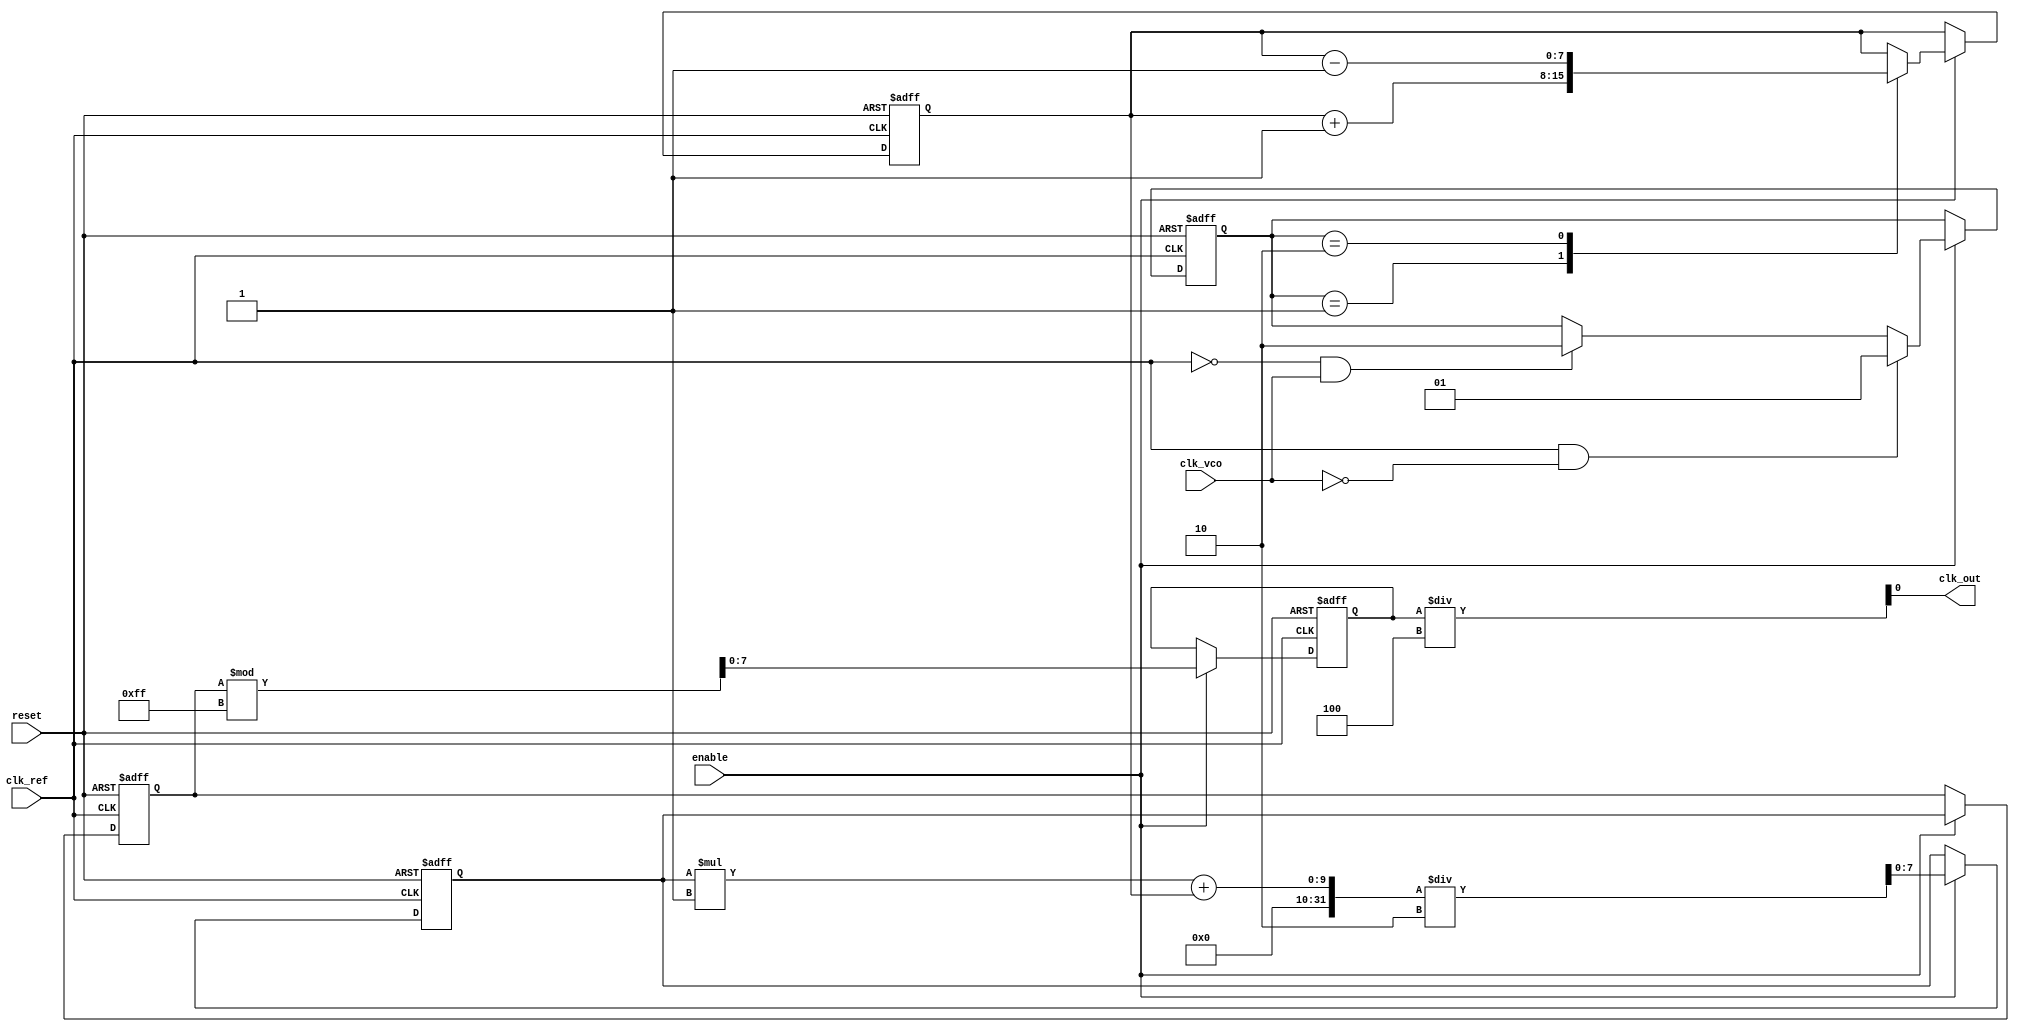
module sigma_delta_pll (
    input wire clk_ref,        // Reference clock input
    input wire clk_vco,        // VCO clock input (feedback)
    output wire clk_out,       // Output clock
    input wire reset,          // Asynchronous reset
    input wire enable          // Enable PLL operation
);

// Parameters
parameter DIV_FACTOR = 4;     // Frequency division factor for feedback
parameter VCO_MAX = 255;       // Maximum VCO value
parameter LOOP_FILTER_GAIN = 2; // Gain for the loop filter

// Internal signals
reg [1:0] phase_detect;         // Phase detector output
reg [7:0] charge_pump_out;      // Charge pump output
reg [7:0] loop_filter_out;       // Output of the loop filter
reg [7:0] vco_voltage;           // Control voltage for VCO
reg [7:0] vco_output;            // VCO output frequency
reg [31:0] sigma_delta;          // Sigma-Delta modulator output

// Phase Detector
always @(posedge clk_ref or posedge reset) begin
    if (reset) begin
        phase_detect <= 2'b00;
    end else if (enable) begin
        // Simple phase-frequency detection logic
        if (clk_ref & ~clk_vco) // Reference clock leads
            phase_detect <= 2'b01; // Up signal
        else if (~clk_ref & clk_vco) // VCO clock leads
            phase_detect <= 2'b10; // Down signal
    end
end

// Charge Pump
always @(posedge clk_ref or posedge reset) begin
    if (reset) begin
        charge_pump_out <= 8'b0;
    end else if (enable) begin
        case (phase_detect)
            2'b01: charge_pump_out <= charge_pump_out + 1; // Charge up
            2'b10: charge_pump_out <= charge_pump_out - 1; // Discharge
            default: charge_pump_out <= charge_pump_out;    // Hold
        endcase
    end
end

// Loop Filter
always @(posedge clk_ref or posedge reset) begin
    if (reset) begin
        loop_filter_out <= 8'b0;
    end else if (enable) begin
        loop_filter_out <= (loop_filter_out * (LOOP_FILTER_GAIN - 1) + charge_pump_out) / LOOP_FILTER_GAIN;
    end
end

// Voltage-Controlled Oscillator (VCO)
always @(posedge clk_ref or posedge reset) begin
    if (reset) begin
        vco_voltage <= 8'b0;
        vco_output <= 8'b0;
    end else if (enable) begin
        vco_voltage <= loop_filter_out; // Control voltage for VCO
        // VCO output frequency is a function of control voltage
        vco_output <= vco_voltage % VCO_MAX; // Wrap around to keep in range
    end
end

// Sigma-Delta Modulator
always @(posedge clk_ref or posedge reset) begin
    if (reset) begin
        sigma_delta <= 32'b0;
    end else if (enable) begin
        sigma_delta <= sigma_delta + (charge_pump_out > 128 ? 1 : 0) - (charge_pump_out < 128 ? 1 : 0); // Simple modulator
    end
end

// Output Buffer
assign clk_out = (vco_output / DIV_FACTOR); // Output the divided VCO frequency

endmodule